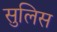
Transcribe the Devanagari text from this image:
सुलिस